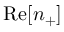
\mathrm { R e } [ n _ { + } ]